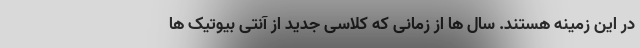
در این زمینه هستند. سال ها از زمانی که کلاسی جدید از آنتی بیوتیک ها